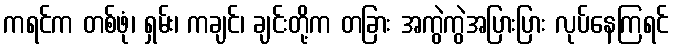
ကရင်က တစ်ဖုံ၊ ရှမ်း၊ ကချင်၊ ချင်းတို့က တခြား အကွဲကွဲအပြားပြား လုပ်နေကြရင်